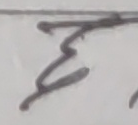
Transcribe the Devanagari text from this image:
म